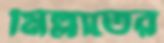
মিল্লাতের